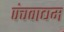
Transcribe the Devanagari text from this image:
पंचवाद्यम